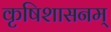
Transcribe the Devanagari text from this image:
कृषिशासनम्